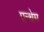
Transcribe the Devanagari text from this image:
एन्थेम